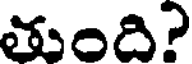
తుంది?